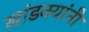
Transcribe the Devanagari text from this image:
खांडक्यांनी